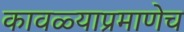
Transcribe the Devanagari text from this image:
कावळ्याप्रमाणेच